Vaccination in Bombay 1924-1928 - 1924-1928
Year: 1924
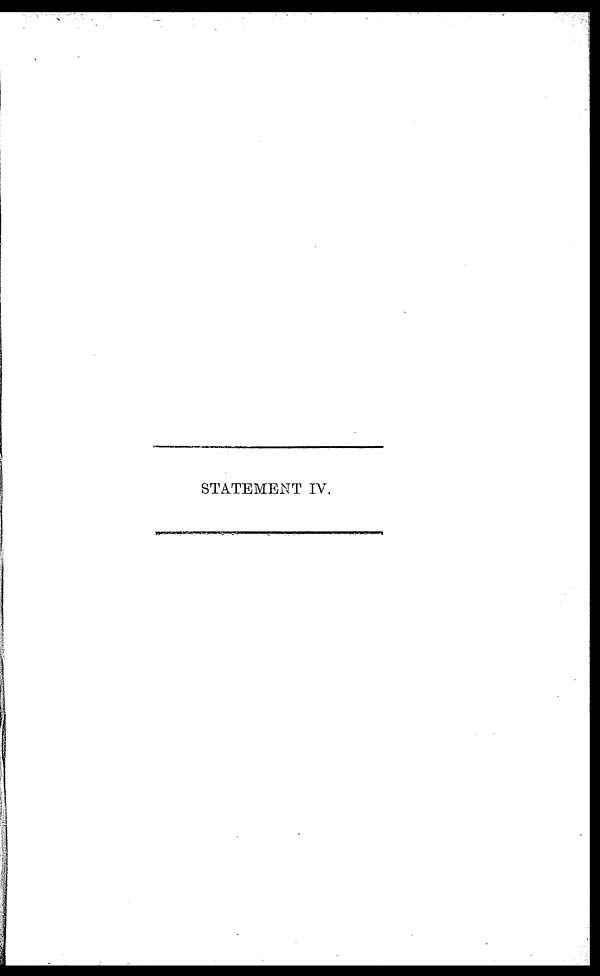
STATEMENT IV.